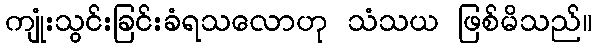
ကျုံးသွင်းခြင်းခံရသလောဟု သံသယ ဖြစ်မိသည်။